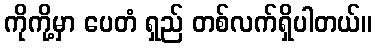
ကိုကို့မှာ ပေတံ ရှည် တစ်လက်ရှိပါတယ်။